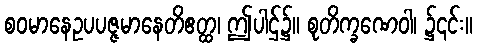
စဝမာနေဥပပဇ္ဇမာနေတိဧတ္ထ၊ ဤပါဌ်၌။ စုတိက္ခဏေဝါ၊ ၌၎င်း။